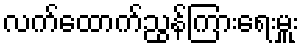
လက်ထောက်ညွန်ကြားရေးမှူး